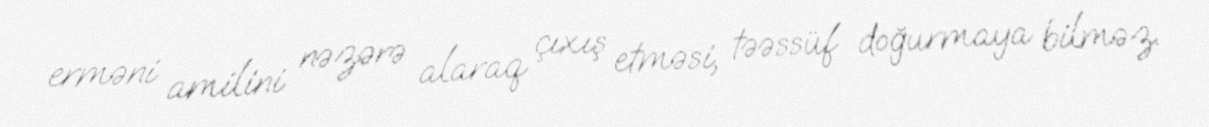
erməni amilini nəzərə alaraq çıxış etməsi, təəssüf doğurmaya bilməz.